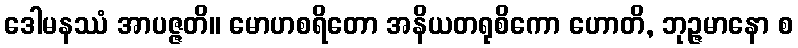
ဒေါမနဿံ အာပဇ္ဇတိ။ မောဟစရိတော အနိယတရုစိကော ဟောတိ, ဘုဉ္ဇမာနော စ